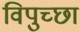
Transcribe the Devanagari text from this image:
विपुच्छा